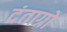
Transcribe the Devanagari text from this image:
दंताग्रो